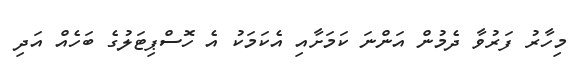
މިހާރު ފަރުވާ ދެމުން އަންނަ ކަމަށާއި އެކަމަކު އެ ހޮސްޕިޓަލުގެ ބަހެއް އަދި